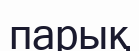
парық